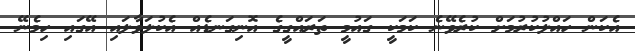
އެކަން ހައްލުކުުރުމަށް ކުރެވޭނެ ކަމަކީ ގައުމީ ތަރައްގީގެ އޮނިގަނޑެއް އެކުލަވާލައި އޭގައި ހިމެނޭ